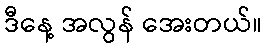
ဒီနေ့ အလွန် အေးတယ်။